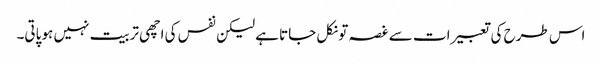
اس طرح کی تعبیرات سے غصہ تو نکل جاتا ہے لیکن نفس کی اچھی تربیت نہیں ہو پاتی۔